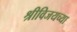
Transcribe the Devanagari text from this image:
श्रीविजयच्या